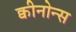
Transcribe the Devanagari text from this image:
क्वीनोन्स